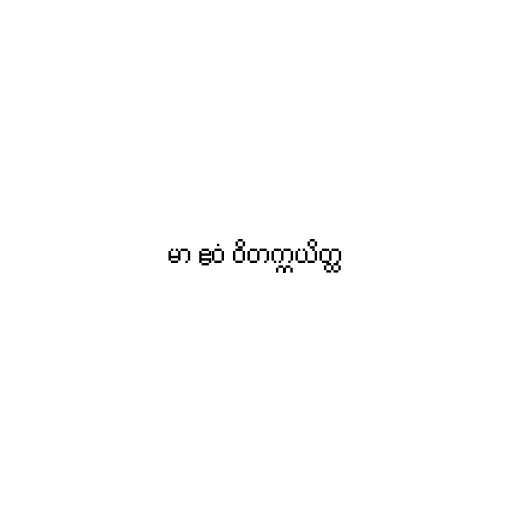
မာ ဧဝံ ဝိတက္ကယိတ္ထ